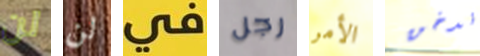
لن لن في رجل الأمر ندخن